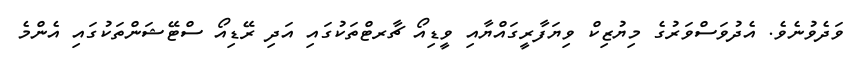
ވަދެވުނެވެ. އެދުވަސްވަރުގެ މިޔުޒިކް ވިޔަފާރީގައްޔާއި ވީޑިއޯ ޗާރޓްތަކުގައި އަދި ރޭޑިއޯ ސްޓޭޝަންތަކުގައި އެންމެ